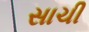
સાચી